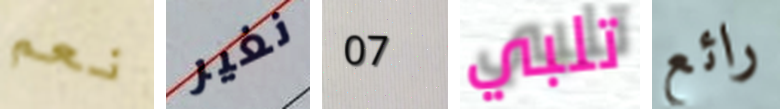
نعم نغير 07 تلبي رائع